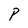
Character: P